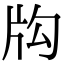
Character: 𤖮